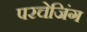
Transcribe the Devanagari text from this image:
परचेजिंग